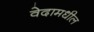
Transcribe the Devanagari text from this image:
वेदामधील